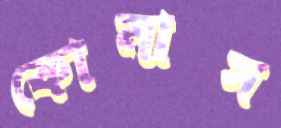
কোনাস